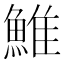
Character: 䱦